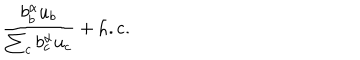
LaTeX: { \frac { b _ { b } ^ { \alpha } u _ { b } } { \sum _ { c } b _ { c } ^ { \alpha } u _ { c } } } + \mathrm { h . c . }